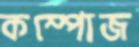
কম্পোজ